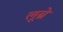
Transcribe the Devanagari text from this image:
लूब्रे